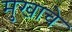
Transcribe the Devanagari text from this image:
मुखाचे